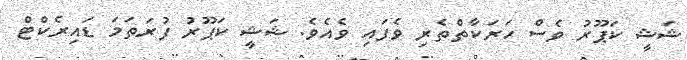
ޝަޝީ ކަޕޫރު ވެސް ހަރަކާތްތެރި ވެފައި ވެއެވެ. ޝަޝީ ކަޕޫރު ފުރަތަމަ ޑައިރެކްޓް